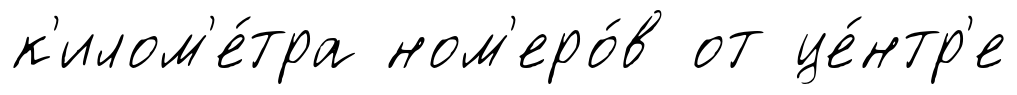
к'илом'е́тра ном'еро́в от це́нтр'е